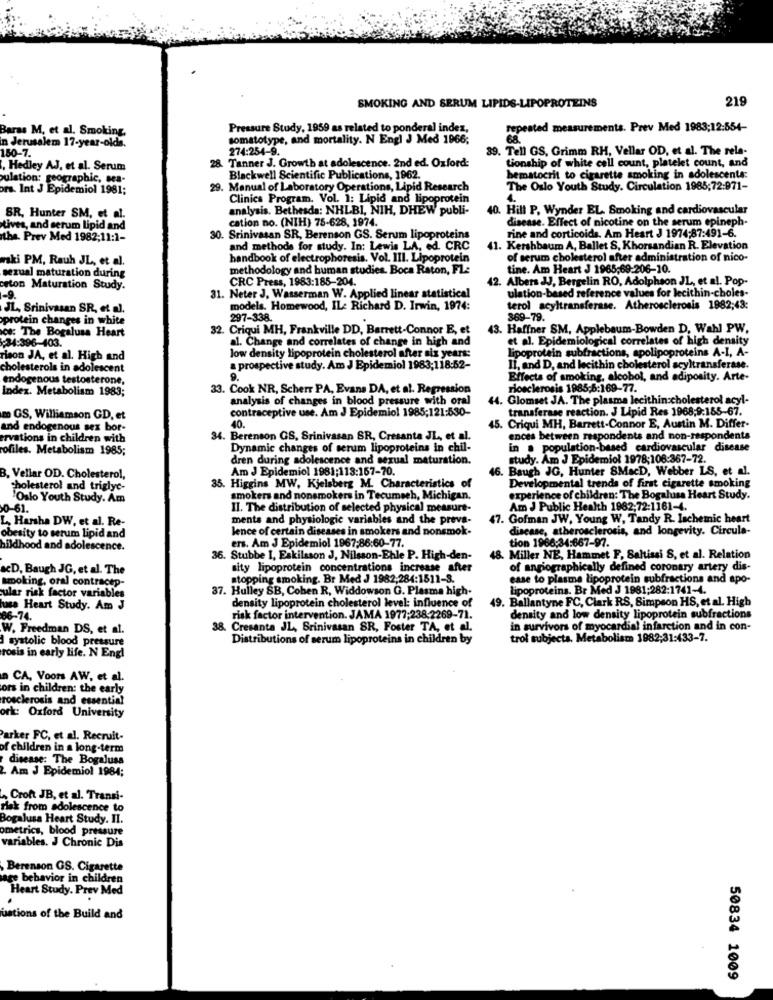
SMOKING AND SERUM LIPIDS-LIPOPROTEINS
219
Baras M, et al. Smoking,
Pressure Study, 1959 as related to ponderal index,
repeated measurements. Prev Med 1983;12:554-
in Jerusalem 17-year-olds.
somatotype, and mortality. N Engl J Med 1966;
150-7.
274:254-9.
39. Tell GS, Grimm RH, Vellar OD, et al. The rela-
tionship of white cell count, platelet count, and
, Hedley AJ, et al. Serum
Tanner J. Growth at adolescence. 2nd ed. Oxford:
ulation: geographic, sea-
Blackwell Scientific Publications, 1962.
hematocrit to cigarette smoking in adolescents:
ors. Int J Epidemiol 1981;
29. Manual of Laboratory Operations, Lipid Research
The Oslo Youth Study. Circulation 1985;72:971-
Clinics Program. Vol. 1: Lipid and lipoprotein
analysis. Bethesda: NHLBI, NIH, DHEW publi-
. Hill P. Wynder EL. Smoking and cardiovascular
SR. Hunter SM, et al.
cation no. (NIH) 75-628, 1974.
disease. Effect of nicotine on the serum epineph-
tives, and serum lipid and
rine and corticoids. Am Heart J 1974;87:491-6.
the. Prev Med 1982;11:1-
30. Srinivasan SR, Berenson GS. Serum lipoproteins
and methods for study. In: Lewis LA, ed. CRC
41. Kershbaum A, Ballet S, Khorsandian R. Elevation
wski PM, Rauh JL, et al.
handbook of electrophoresis. Vol. III. Lipoprotein
of serum cholesterol after administration of nico-
sexual maturation during
methodology and human studies. Boca Raton, FL:
tine. Am Heart J 1965,69:206-10.
CRC Press, 1983:185-204.
42. Albers JJ, Bergelin RO, Adolphson JL, et al. Pop-
erton Maturation Study.
ulation-based reference values for lecithin-choles-
1-9.
31. Neter J, Wasserman W. Applied linear statistical
JL, Srinivasan SR, et al.
models. Homewood, IL: Richard D. Irwin, 1974:
terol acyltransferase. Atherosclerosis 1982;43:
protein changes in white
297-338.
369-79.
cs: The Bogalusa Heart
32. Criqui MH, Frankville DD, Barrett-Connor E, et
43. Haffner SM, Applebaum-Bowden D, Wahl PW.
34:396-403.
al. Change and correlates of change in high and
et al. Epidemiological correlates of high density
lipoprotein subfractions, apolipoproteins A-I, A-
rison JA, et al. High and
low density lipoprotein cholesterol after six years:
cholesterols in adolescent
a prospective study. Am J Epidemiol 1983;118:52-
Il, and D, and lecithin cholesterol acyltransferase.
endogenous testosterone,
9.
Effects of smoking, alcobol, and adiposity. Arte-
Index. Metabolism 1983;
33. Cook NR, Scherr PA, Evans DA, et al. Regression
riosclerosis 1985;6:169-77.
analysis of changes in blood pressure with oral
44. Glomset JA. The plasma lecithin:cholesterol acyl-
contraceptive use. Am J Epidemiol 1985;121:530-
transferase reaction. J Lipid Res 1968;9:155-67.
m GS, Williamson GD, et
40.
and endogenous sex bor-
45. Criqui MH, Barrett-Connor E, Austin M. Differ-
ervations in children with
34. Berenson GS, Srinivasan SR, Cresanta JL, et al.
ences between respondents and non-respondents
ofiles. Metabolism 1985;
Dynamic changes of serum lipoproteins in chil-
in . population-based cardiovascular disease
dren during adolescence and sexual maturation.
study. Am J Epidemiol 1978;108-367-72.
Am J Epidemiol 1981:113:157-70.
46. Baugh JG, Hunter SMacD, Webber LS, et al.
B. Vellar OD. Cholesterol,
Developmental trends of first cigarette smoking
cholesterol and triglyc-
35. Higgins MW, Kjelsberg M. Characteristics of
'Oslo Youth Study. Am
smokers and nonsmokers in Tecumseh, Michigan.
experience of children: The Bogalusa Heart Study.
0-61.
II. The distribution of selected physical measure-
Am J Public Health 1982;72:1161-4.
L, Harsha DW, et al. Re-
ments and physiologic variables and the preva-
47. Gofman JW, Young W, Tandy R. Ischemic heart
lence of certain diseases in smokers and nonsmok-
disease, atherosclerosis, and longevity. Circula-
obesity to serum lipid and
ers. Am J Epidemiol 1967;86:60-77.
tion 1966:34:667-97.
hildhood and adolescence.
36. Stubbe I, Eskilsson J, Nilsson-Ehle P. High-den-
Miller NE, Hammet F, Saltissi S, et al. Relation
&CD, Baugh JG, et al. The
sity lipoprotein concentrations increase after
of angiographically defined coronary artery dis-
smoking, oral contracep-
stopping smoking. Br Med J 1982,284:1511-8.
case to plasme lipoprotein subfractions and apo-
37. Hulley SB, Coben R, Widdowson G. Plasma high-
lipoproteins. Br Med J 1981:282:1741-4.
ular risk factor variables
49. Ballantyne FC, Clark RS, Simpson HS, et al. High
husa Heart Study. Am J
density lipoprotein cholesterol level: influence of
66-74.
risk factor intervention. JAMA 1977;238,2269-71.
density and low density lipoprotein subfractions
W. Freedman DS, et al.
38. Cresanta JL, Srinivasan SR, Foster TA, et al.
in survivors of myocardial infarction and in con-
I systolic blood pressure
Distributions of serum lipoproteins in children by
trol subjecta. Metabolism 1982;31:433-7.
rosis in early life. N Engl
a CA, Voors AW, et al.
ors in children: the early
rosclerosis and essential
ork: Oxford University
Parker FC, et al. Recruit-
of children in a long-term
disease: The Bogalusa
. Am J Epidemiol 1984;
Croft JB, et al. Transi-
risk from adolescence to
Bogalusa Heart Study. II.
ometrics, blood pressure
variables. J Chronic Dis
Berenson GS. Cigarette
te behavior in children
Heart Study. Prev Med
ustions of the Build and
50834 1009